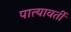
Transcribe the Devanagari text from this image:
पात्यावर्ती